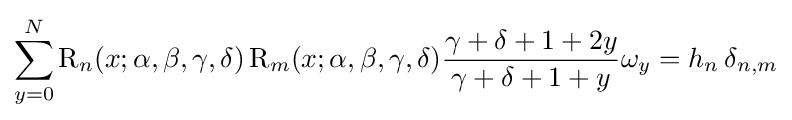
\sum _{y=0}^{N}\operatorname {R} _{n}(x;\alpha ,\beta ,\gamma ,\delta )\operatorname {R} _{m}(x;\alpha ,\beta ,\gamma ,\delta ){\frac {\gamma +\delta +1+2y}{\gamma +\delta +1+y}}\omega _{y}=h_{n}\operatorname {\delta } _{n,m}